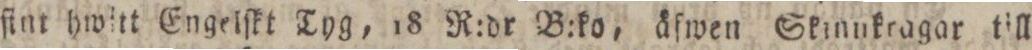
ſint hwitt Engelſkt Tyg, 18 R:dr B:ko, äſwen Skinnkragar till